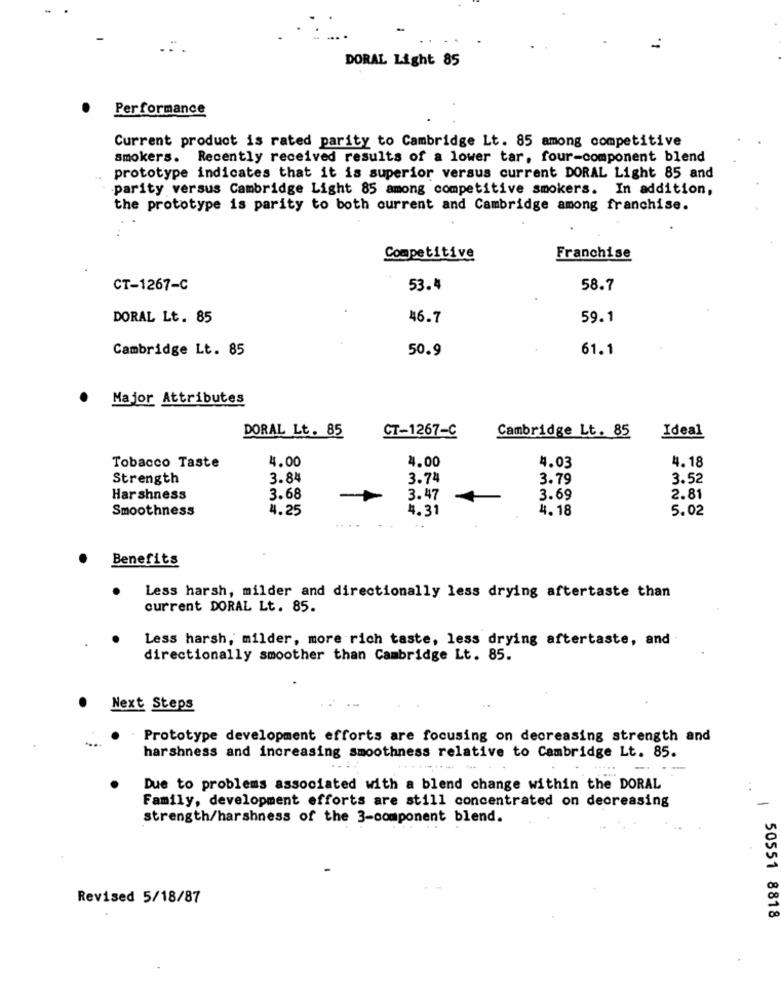
DORAL Light 85
Performance
Current product is rated parity to Cambridge Lt. 85 among competitive
smokers. Recently received results of a lower tar, four-component blend
prototype indicates that it is superior versus current DORAL Light 85 and
parity versus Cambridge Light 85 among competitive smokers. In addition,
the prototype is parity to both current and Cambridge among franchise.
Competitive
Franchise
CT-1267-C
53.4
58.7
DORAL Lt. 85
46.7
59.1
Cambridge Lt. 85
50.9
61.1
Major Attributes
DORAL Lt. 85
Cambridge Lt. 85
CT-1267-C
Ideal
4.00
4.00
4. 18
Tobacco Taste
4.03
Strength
3.84
3.74
3.79
3.52
Harshness
3.68
3.47
3.69
2.81
Smoothness
4.25
4.31
4. 18
5.02
Benefits
Less harsh, milder and directionally less drying aftertaste than
current DORAL Lt. 85.
Less harsh, milder, more rich taste, less drying aftertaste, and
directionally smoother than Cambridge Lt. 85.
Next Steps
Prototype development efforts are focusing on decreasing strength and
harshness and increasing smoothness relative to Cambridge Lt. 85.
-.
-
Due to problems associated with a blend change within the DORAL
Family, development efforts are still concentrated on decreasing
strength/harshness of the 3-component blend.
Revised 5/18/87
50551 8818